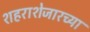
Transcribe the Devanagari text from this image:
शहराशेजारच्या